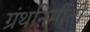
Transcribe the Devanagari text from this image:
ग्रंथनिर्मीती